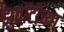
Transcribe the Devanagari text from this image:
झुवॉटीच्या